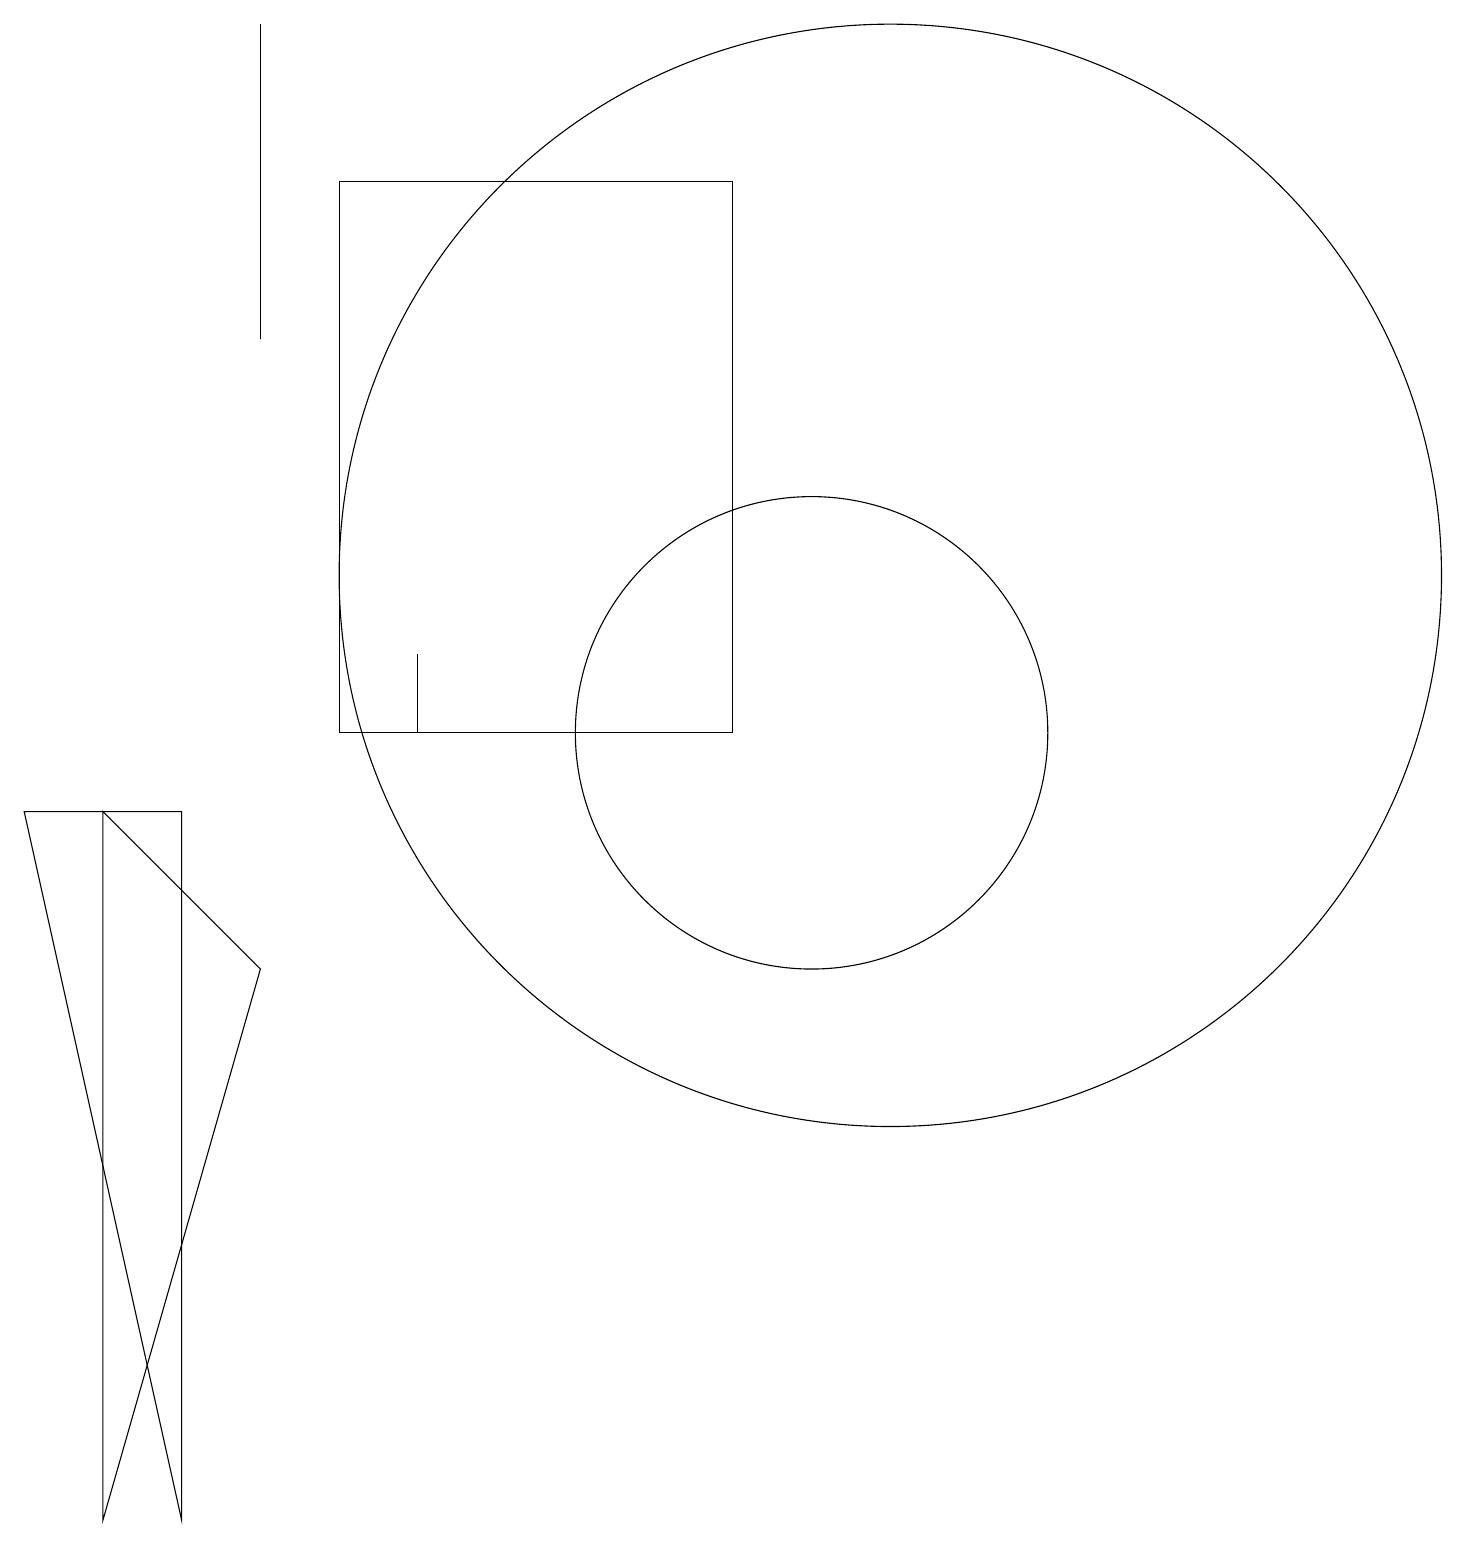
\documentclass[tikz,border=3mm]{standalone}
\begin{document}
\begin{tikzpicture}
\draw (10,10) circle (3);
\draw (3,7) -- (1,0) -- (1,9) -- cycle;
\draw (11,12) circle (7);
\draw (4,17) rectangle (9,10);
\draw (3,19) rectangle (3,15);
\draw (2,9) -- (0,9) -- (2,0) -- cycle;
\draw (5,10) rectangle (5,11);
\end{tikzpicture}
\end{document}